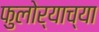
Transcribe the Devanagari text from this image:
फुलोर्‍याच्या